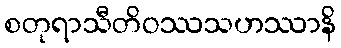
စတုရာသီတိဝဿသဟဿာနိ